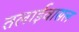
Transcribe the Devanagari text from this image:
तलाईवासल